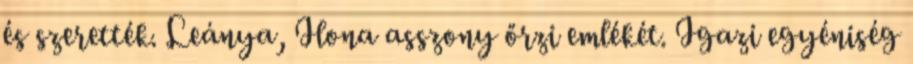
és szerették. Leánya, Ilona asszony őrzi emlékét. Igazi egyéniség